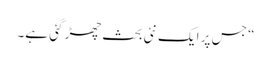
“ جس پر ایک نئی بحث چھڑ گئی ہے۔